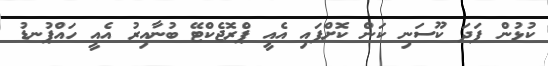
ކުޅުން ފަދަ ކޫސަނި ކަން ކޮށްފައި އެއީ ޕްރޮޖެކްޓޭ ބުނާއިރު އެއީ ހައްޕުނޑު